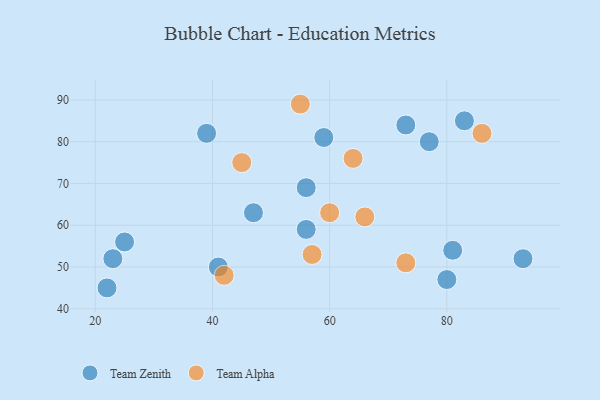
{"axis": {"x": "GDP", "y": "Life Expectancy"}, "legend": ["Team Alpha", "Team Zenith"], "data": [{"x": "77", "y": 80, "type": "Team Zenith"}, {"x": "56", "y": 69, "type": "Team Zenith"}, {"x": "39", "y": 82, "type": "Team Zenith"}, {"x": "80", "y": 47, "type": "Team Zenith"}, {"x": "23", "y": 52, "type": "Team Zenith"}, {"x": "93", "y": 52, "type": "Team Zenith"}, {"x": "56", "y": 59, "type": "Team Zenith"}, {"x": "41", "y": 50, "type": "Team Zenith"}, {"x": "73", "y": 84, "type": "Team Zenith"}, {"x": "22", "y": 45, "type": "Team Zenith"}, {"x": "25", "y": 56, "type": "Team Zenith"}, {"x": "83", "y": 85, "type": "Team Zenith"}, {"x": "81", "y": 54, "type": "Team Zenith"}, {"x": "59", "y": 81, "type": "Team Zenith"}, {"x": "47", "y": 63, "type": "Team Zenith"}, {"x": "66", "y": 62, "type": "Team Alpha"}, {"x": "64", "y": 76, "type": "Team Alpha"}, {"x": "73", "y": 51, "type": "Team Alpha"}, {"x": "45", "y": 75, "type": "Team Alpha"}, {"x": "86", "y": 82, "type": "Team Alpha"}, {"x": "60", "y": 63, "type": "Team Alpha"}, {"x": "57", "y": 53, "type": "Team Alpha"}, {"x": "42", "y": 48, "type": "Team Alpha"}, {"x": "55", "y": 89, "type": "Team Alpha"}]}